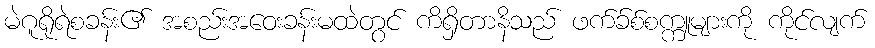
မဲဂူရိုရဲစခန်း၏ အစည်းအဝေးခန်းမထဲတွင် ကိရှိတာနိသည် ဖက်ခ်စ်စက္ကူများကို ကိုင်လျက်